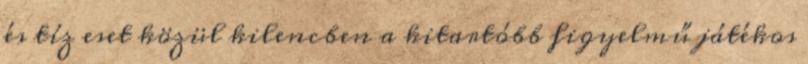
és tíz eset közül kilencben a kitartóbb figyelmű játékos